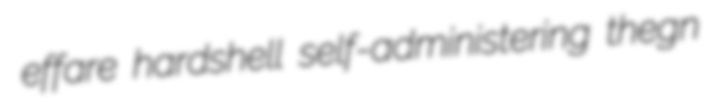
effare hardshell self-administering thegn